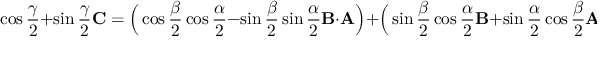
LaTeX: \cos { \frac { \gamma } { 2 } } + \sin { \frac { \gamma } { 2 } } \mathbf { C } = { \Big ( } \cos { \frac { \beta } { 2 } } \cos { \frac { \alpha } { 2 } } - \sin { \frac { \beta } { 2 } } \sin { \frac { \alpha } { 2 } } \mathbf { B } \cdot \mathbf { A } { \Big ) } + { \Big ( } \sin { \frac { \beta } { 2 } } \cos { \frac { \alpha } { 2 } } \mathbf { B } + \sin { \frac { \alpha } { 2 } } \cos { \frac { \beta } { 2 } } \mathbf { A } + \sin { \frac { \beta } { 2 } } \sin { \frac { \alpha } { 2 } } \mathbf { B } \times \mathbf { A } { \Big ) } .